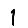
Digit: 1